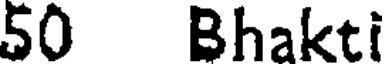
50 Bhakti